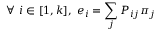
\forall ~ i \in [ 1 , k ] , ~ e _ { i } = \sum _ { j } P _ { i j } \pi _ { j }